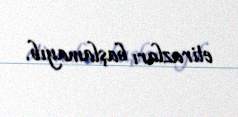
etirazları başlamayıb.